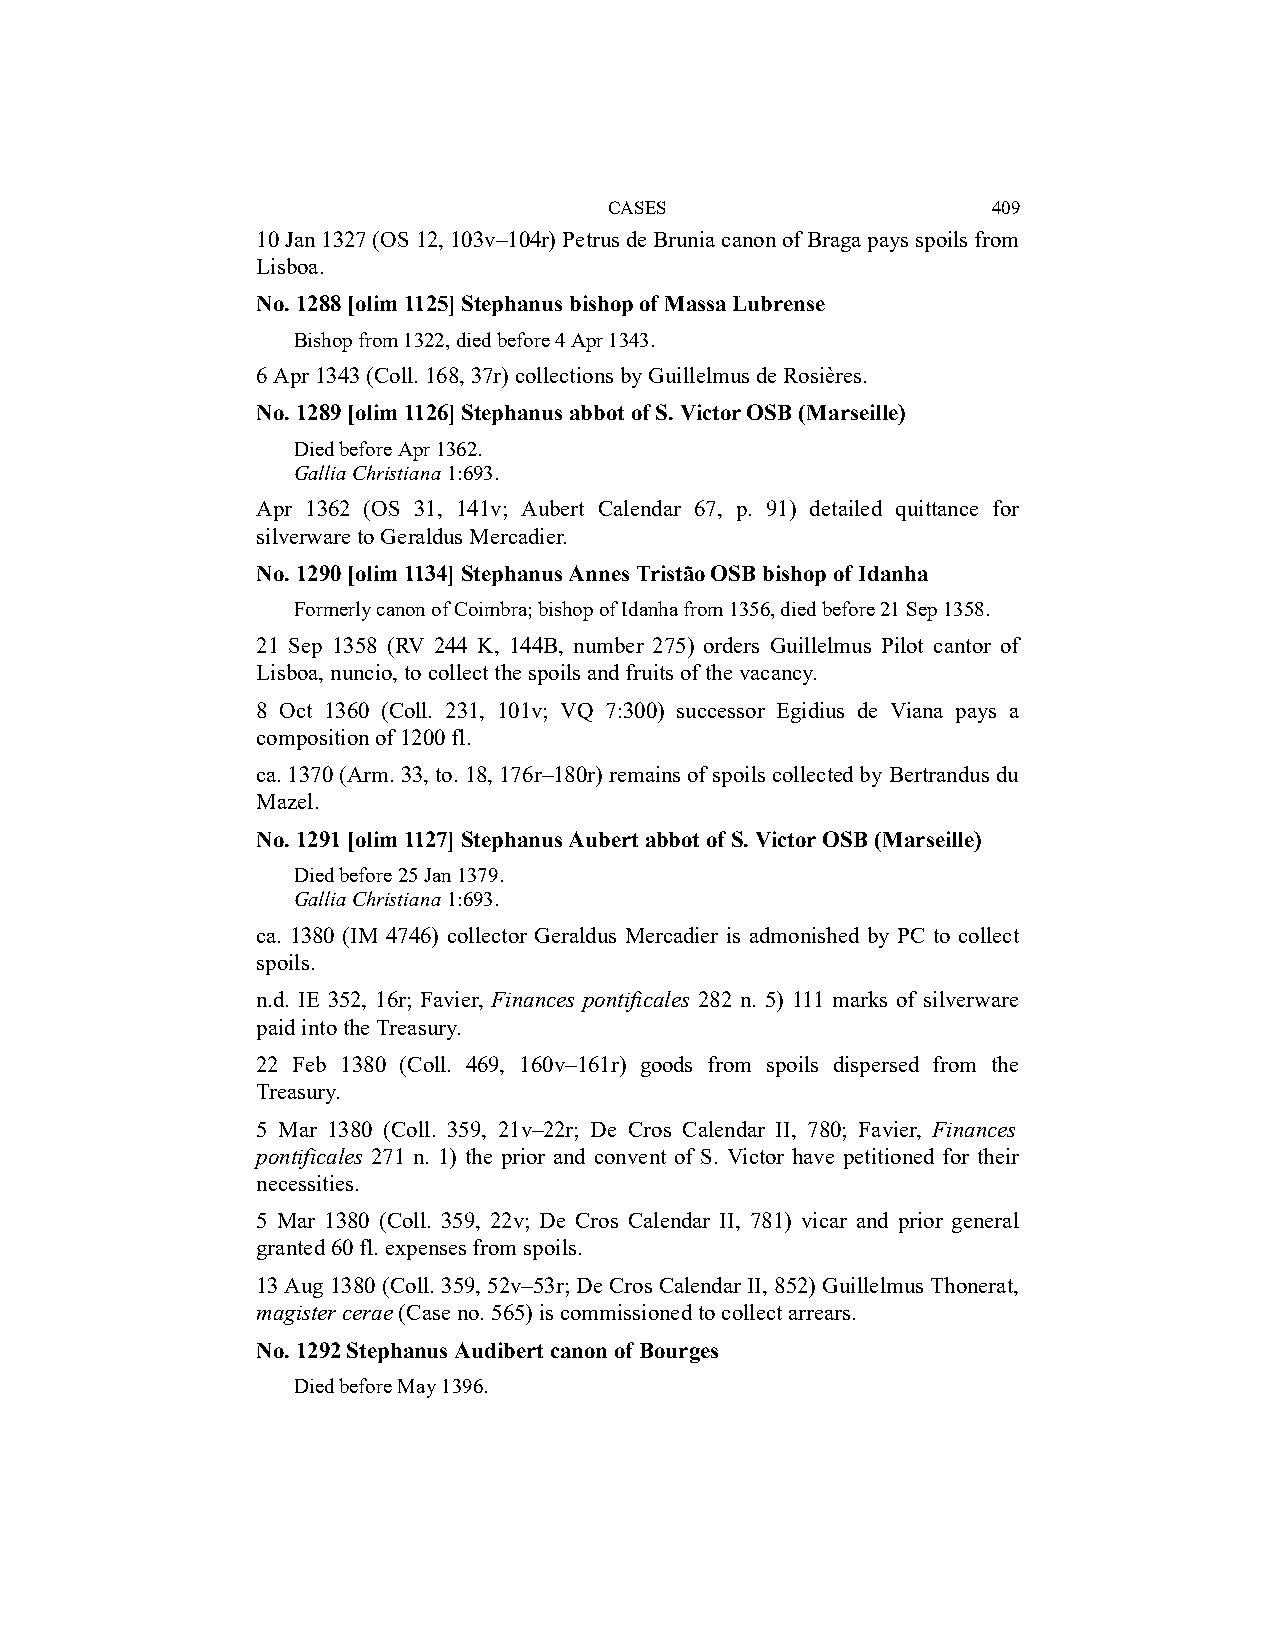
CASES                     409
 10 Jan 1327 (OS 12, 103v–104r) Petrus de Brunia canon of Braga pays spoils from
 Lisboa.
 No. 1288 [olim 1125] Stephanus bishop of Massa Lubrense
 Bishop from 1322, died before 4 Apr 1343.
 6 Apr 1343 (Coll. 168, 37r) collections by Guillelmus de Rosières.
 No. 1289 [olim 1126] Stephanus abbot of S. Victor OSB (Marseille)
 Died before Apr 1362.
 Gallia Christiana 1:693.
 Apr 1362 (OS 31, 141v; Aubert Calendar 67, p. 91) detailed quittance for
 silverware to Geraldus Mercadier.
 No. 1290 [olim 1134] Stephanus Annes Tristão OSB bishop of Idanha
 Formerly canon of Coimbra; bishop of Idanha from 1356, died before 21 Sep 1358.
 21 Sep 1358 (RV 244 K, 144B, number 275) orders Guillelmus Pilot cantor of
 Lisboa, nuncio, to collect the spoils and fruits of the vacancy.
 8 Oct 1360 (Coll. 231, 101v; VQ 7:300) successor Egidius de Viana pays a
 composition of 1200 fl.
 ca. 1370 (Arm. 33, to. 18, 176r–180r) remains of spoils collected by Bertrandus du
 Mazel.
 No. 1291 [olim 1127] Stephanus Aubert abbot of S. Victor OSB (Marseille)
 Died before 25 Jan 1379.
 Gallia Christiana 1:693.
 ca. 1380 (IM 4746) collector Geraldus Mercadier is admonished by PC to collect
 spoils.
 n.d. IE 352, 16r; Favier, Finances pontificales 282 n. 5) 111 marks of silverware
 paid into the Treasury.
 22 Feb 1380 (Coll. 469, 160v–161r) goods from spoils dispersed from the
 Treasury.
 5 Mar 1380 (Coll. 359, 21v–22r; De Cros Calendar II, 780; Favier, Finances
 pontificales 271 n. 1) the prior and convent of S. Victor have petitioned for their
 necessities.
 5 Mar 1380 (Coll. 359, 22v; De Cros Calendar II, 781) vicar and prior general
 granted 60 fl. expenses from spoils.
 13 Aug 1380 (Coll. 359, 52v–53r; De Cros Calendar II, 852) Guillelmus Thonerat,
 magister cerae (Case no. 565) is commissioned to collect arrears.
 No. 1292 Stephanus Audibert canon of Bourges
 Died before May 1396.